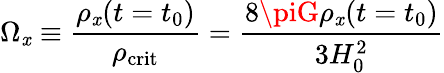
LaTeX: \Omega_{\mathit{x}}\equiv{\frac{{\rho_{\mathit{x}}(t=t_{0})}}{{\rho_{\mathrm{{crit}}}}}}={\frac{{8\piG\rho_{\mathit{x}}(t=t_{0})}}{{3H_{0}^{2}}}}